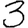
Digit: 3